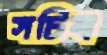
সচিব